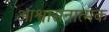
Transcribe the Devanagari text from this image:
आश्वासनात्मक